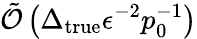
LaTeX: \tilde{\mathcal{O}}\left(\Delta_{\mathrm{true}}\epsilon^{-2}p_{0}^{-1}\right)